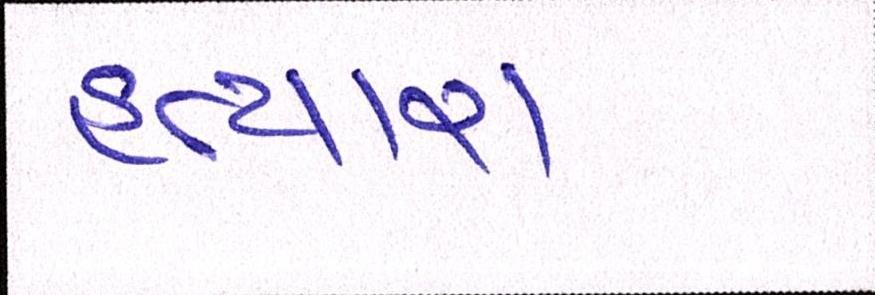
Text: હત્યારા